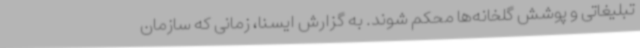
تبلیغاتی و پوشش گلخانه‌ها محکم شوند. به گزارش ایسنا، زمانی که سازمان